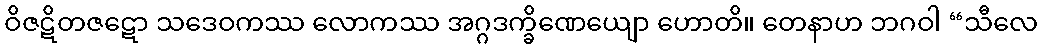
ဝိဇဋိတဇဋော သဒေဝကဿ လောကဿ အဂ္ဂဒက္ခိဏေယျော ဟောတိ။ တေနာဟ ဘဂဝါ “သီလေ